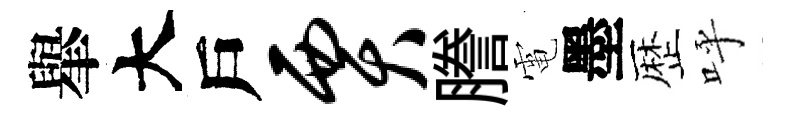
𦦙大戶贾謄電墨歴呼